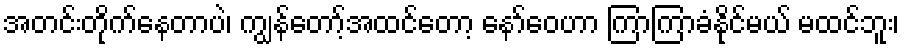
အတင်းတိုက်နေတာပဲ၊ ကျွန်တော့်အထင်တော့ နော်ဝေဟာ ကြာကြာခံနိုင်မယ် မထင်ဘူး၊